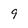
Character: 9